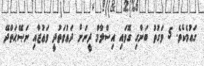
ގައުމެކެވެ. 5 ވަގުތު ބަންގި ގޮވައި އިސްލާމް ދީނަށް ދަޢުވަތުދީ ވަޢުޒާއި ނަޞޭޙަތްދޭ